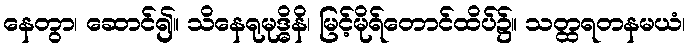
နေတွာ၊ ဆောင်၍။ သိနေရုမုဒ္ဓိနိ၊ မြင့်မိုရ်တောင်ထိပ်၌။ သတ္ထရတနမယံ၊